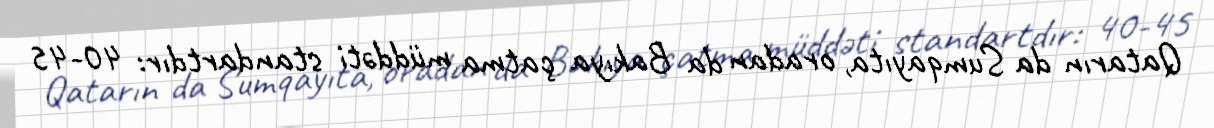
Qatarın da Sumqayıta, oradan da Bakıya çatma müddəti standartdır: 40-45